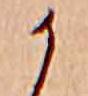
か